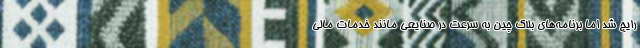
رایج شد اما برنامه‌های بلاک چین به سرعت در صنایعی مانند خدمات مالی